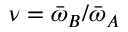
\nu = \bar { \omega } _ { B } / \bar { \omega } _ { A }